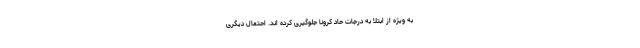
به ویژه از ابتلا به درجات حاد کرونا جلوگیری کرده اند. احتمال دیگری